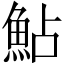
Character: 鮎